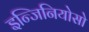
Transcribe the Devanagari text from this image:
इन्जिनियोसो